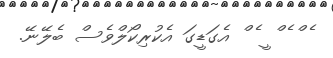
ެ ް ެ ް ީ ެ ް އެގަޑީގަ އެކުރިކޯލްވެސް ބެލޭނޭ.